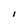
Character: l